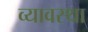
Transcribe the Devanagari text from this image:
व्यावस्था